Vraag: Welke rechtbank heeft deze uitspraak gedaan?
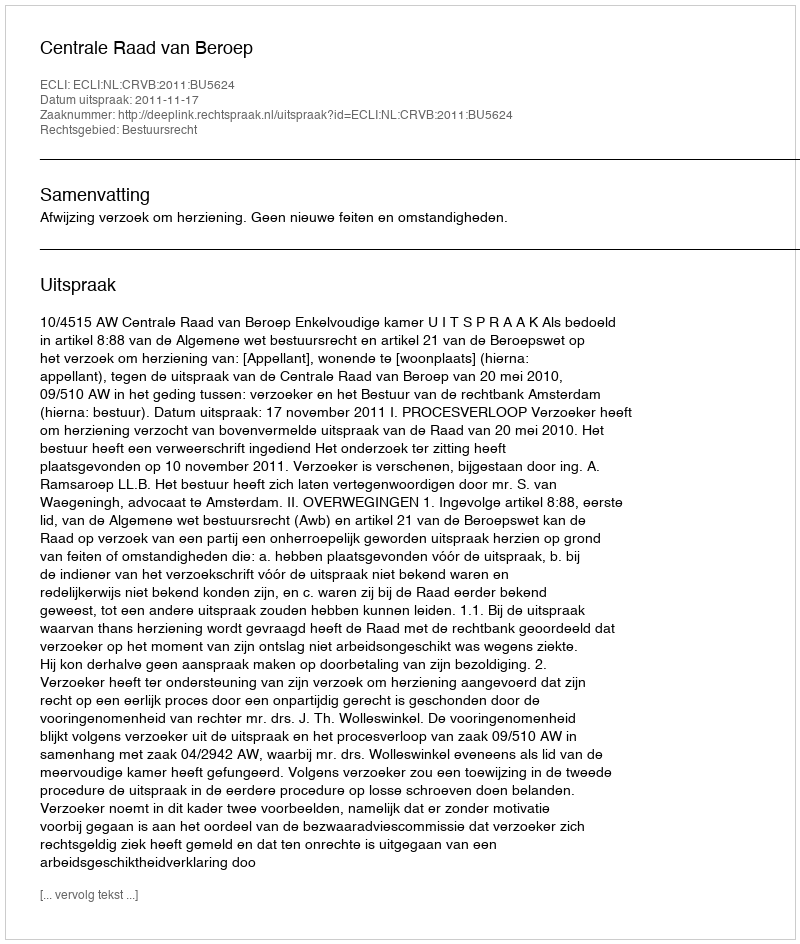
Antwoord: Centrale Raad van Beroep